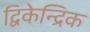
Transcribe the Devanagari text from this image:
द्विकेन्द्रिक